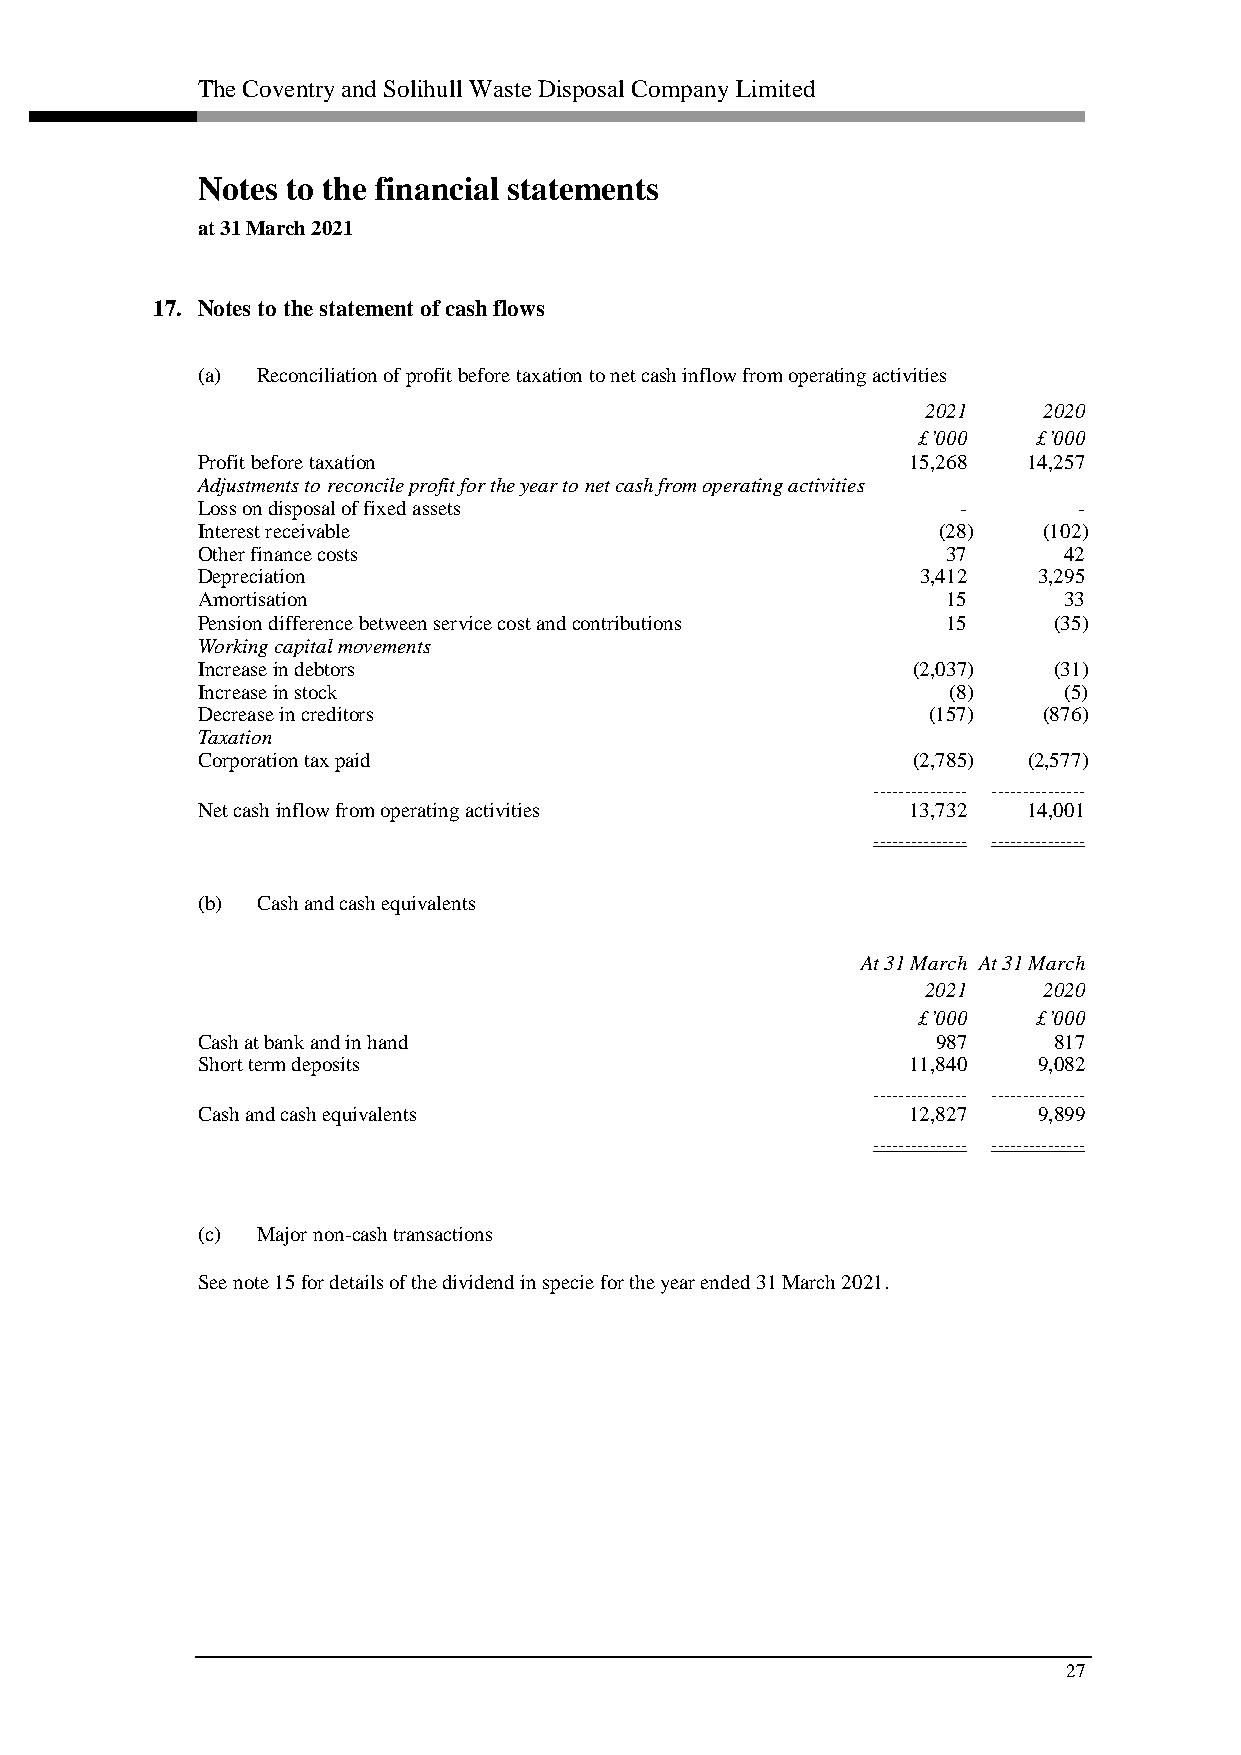
The Coventry and Solihull Waste Disposal Company Limited
 Notes to the financial statements
 at 31 March 2021
 17. Notes to the statement of cash flows
 (a) Reconciliation of profit before taxation to net cash inflow from operating activities
 2021    2020
 £’000   £’000
 Profit before taxation                         15,268  14,257
 Adjustments to reconcile profit for the year to net cash from operating activities
 Loss on disposal of fixed assets                   -      -
 Interest receivable                              (28)   (102)
 Other finance costs                               37     42
 Depreciation                                    3,412   3,295
 Amortisation                                      15     33
 Pension difference between service cost and contributions 15 (35)
 Working capital movements
 Increase in debtors                            (2,037)   (31)
 Increase in stock                                 (8)    (5)
 Decrease in creditors                           (157)   (876)
 Taxation
 Corporation tax paid                           (2,785) (2,577)
 ––––––––––––––– –––––––––––––––
 Net cash inflow from operating activities      13,732  14,001
 ––––––––––––––– –––––––––––––––
 (b) Cash and cash equivalents
 At 31 March At 31 March
 2021    2020
 £’000   £’000
 Cash at bank and in hand                         987     817
 Short term deposits                            11,840   9,082
 ––––––––––––––– –––––––––––––––
 Cash and cash equivalents                      12,827   9,899
 ––––––––––––––– –––––––––––––––
 (c) Major non-cash transactions
 See note 15 for details of the dividend in specie for the year ended 31 March 2021.
 27